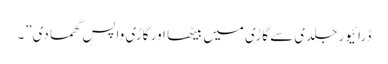
ڈرائیور جلدی سے گاڑی میں بیٹھا اور گاڑی واپس گھما دی”۔